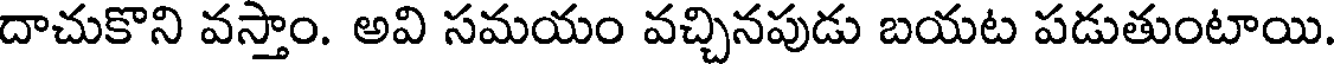
దాచుకొని వస్తాం. అవి సమయం వచ్చినపుడు బయట పడుతుంటాయి.